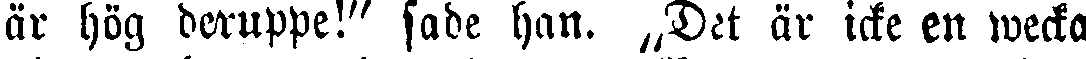
är hög deruppe!" sade han. Det är icke en wecka